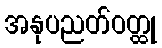
အနုပညတ်ဝတ္ထု